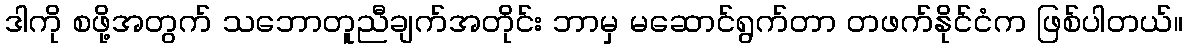
ဒါကို စဖို့အတွက် သဘောတူညီချက်အတိုင်း ဘာမှ မဆောင်ရွက်တာ တဖက်နိုင်ငံက ဖြစ်ပါတယ်။